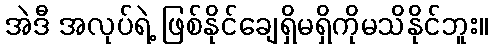
အဲဒီ အလုပ်ရဲ့ ဖြစ်နိုင်ချေရှိမရှိကိုမသိနိုင်ဘူး။